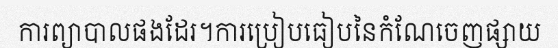
ការព្យាបាលផងដែរ។ការប្រៀបធៀបនៃកំណែចេញផ្សាយ